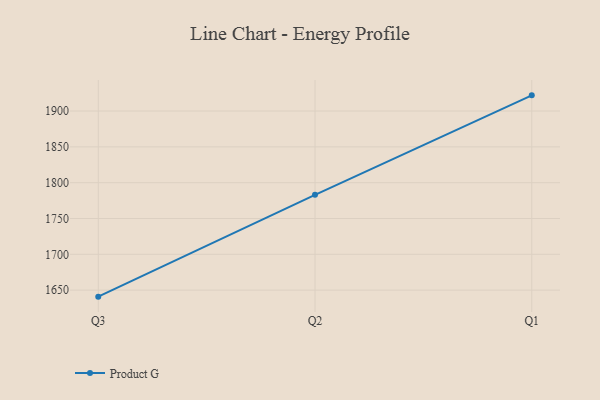
{"axis": {"x": "Quarter", "y": "Page Views"}, "legend": ["Product G"], "data": [{"x": "Q3", "y": 1640.9, "type": "Product G"}, {"x": "Q2", "y": 1783.0, "type": "Product G"}, {"x": "Q1", "y": 1921.9, "type": "Product G"}]}